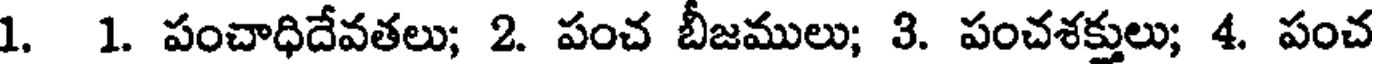
1. 1. పంచాధిదేవతలు; 2. పంచ బీజములు; 3. పంచశక్తులు; 4. పంచ